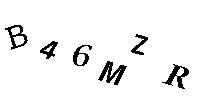
B46MZR